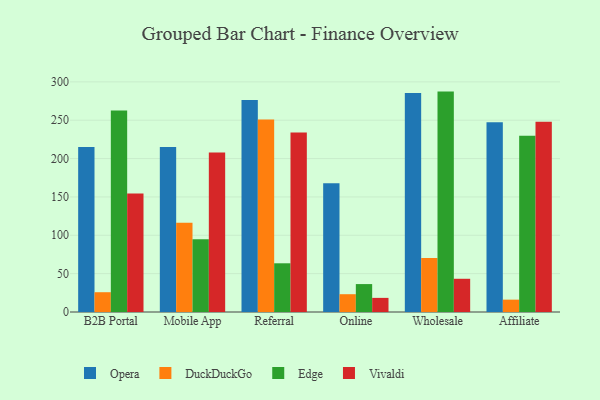
{"axis": {"x": "Channel", "y": "Conversion Rate (%)"}, "legend": ["DuckDuckGo", "Edge", "Opera", "Vivaldi"], "data": [{"x": "B2B Portal", "y": 215.0, "type": "Opera"}, {"x": "B2B Portal", "y": 25.8, "type": "DuckDuckGo"}, {"x": "B2B Portal", "y": 262.8, "type": "Edge"}, {"x": "B2B Portal", "y": 154.5, "type": "Vivaldi"}, {"x": "Mobile App", "y": 215.0, "type": "Opera"}, {"x": "Mobile App", "y": 116.2, "type": "DuckDuckGo"}, {"x": "Mobile App", "y": 94.9, "type": "Edge"}, {"x": "Mobile App", "y": 207.8, "type": "Vivaldi"}, {"x": "Referral", "y": 276.3, "type": "Opera"}, {"x": "Referral", "y": 250.8, "type": "DuckDuckGo"}, {"x": "Referral", "y": 63.5, "type": "Edge"}, {"x": "Referral", "y": 233.9, "type": "Vivaldi"}, {"x": "Online", "y": 167.8, "type": "Opera"}, {"x": "Online", "y": 23.2, "type": "DuckDuckGo"}, {"x": "Online", "y": 36.4, "type": "Edge"}, {"x": "Online", "y": 18.4, "type": "Vivaldi"}, {"x": "Wholesale", "y": 285.6, "type": "Opera"}, {"x": "Wholesale", "y": 70.5, "type": "DuckDuckGo"}, {"x": "Wholesale", "y": 287.3, "type": "Edge"}, {"x": "Wholesale", "y": 43.3, "type": "Vivaldi"}, {"x": "Affiliate", "y": 247.5, "type": "Opera"}, {"x": "Affiliate", "y": 16.1, "type": "DuckDuckGo"}, {"x": "Affiliate", "y": 229.7, "type": "Edge"}, {"x": "Affiliate", "y": 248.0, "type": "Vivaldi"}]}